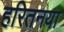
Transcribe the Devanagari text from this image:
हरितनया